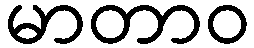
မာတာဝ